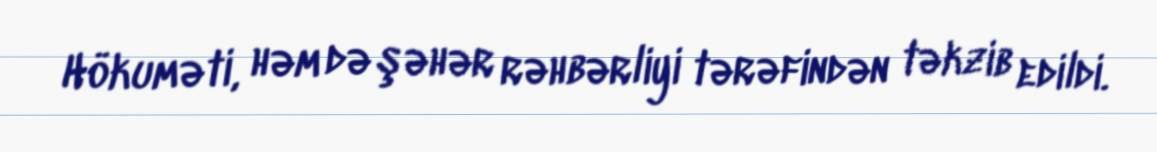
Hökuməti, həm də şəhər rəhbərliyi tərəfindən təkzib edildi.